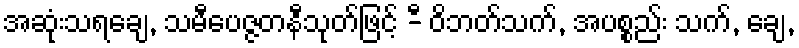
အဆုံးသရချေ, သမီပေဇ္ဇတနီသုတ်ဖြင့် -ီ ဝိဘတ်သက်, အပစ္စည်း သက်, ချေ,